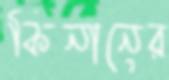
কিনানের